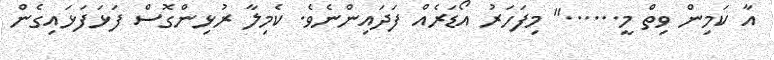
އާ ކަމިން ވިތް މީ......" މިފަހަރު އޯޑަރެއް ފަދައިންނެވެ. ކެމިލާ ރުޅިންގޮސް ފަޅަފަޅައިގެން